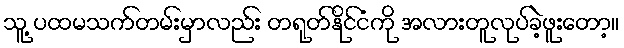
သူ့ ပထမသက်တမ်းမှာလည်း တရုတ်နိုင်ငံကို အလားတူလုပ်ခဲ့ဖူးတော့။